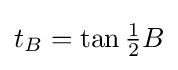
t_{B}=\tan {\tfrac {1}{2}}B